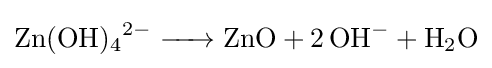
{\ce {Zn(OH)4^2- -> ZnO + 2OH- + H2O}}